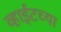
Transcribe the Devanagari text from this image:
व्हाईटच्या